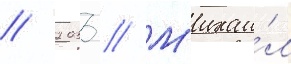
// 2033 // М'ихаи́л